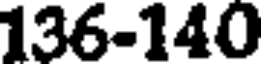
136-140